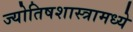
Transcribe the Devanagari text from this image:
ज्योतिषशास्त्रामध्ये